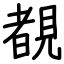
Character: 覩